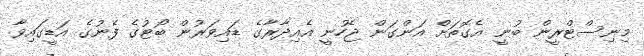
މިނިސްޓްރީން ބުނީ އެގޮތަށް އަންގަން ޖެހުނީ އެއިދާރާގެ ޑައިވަރުން ބޯޓުގެ ފެނުގެ އަޑީގައިވާ